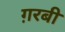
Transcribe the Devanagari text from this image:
ग़रबी